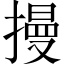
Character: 摱